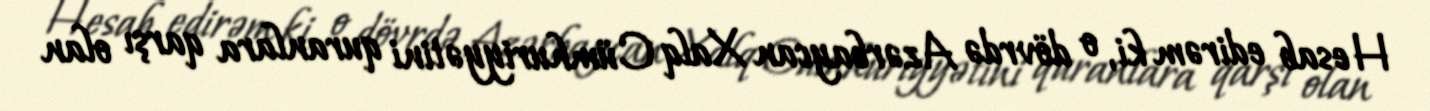
Hesab edirəm ki, o dövrdə Azərbaycan Xalq Cümhuriyyətini quranlara qarşı olan